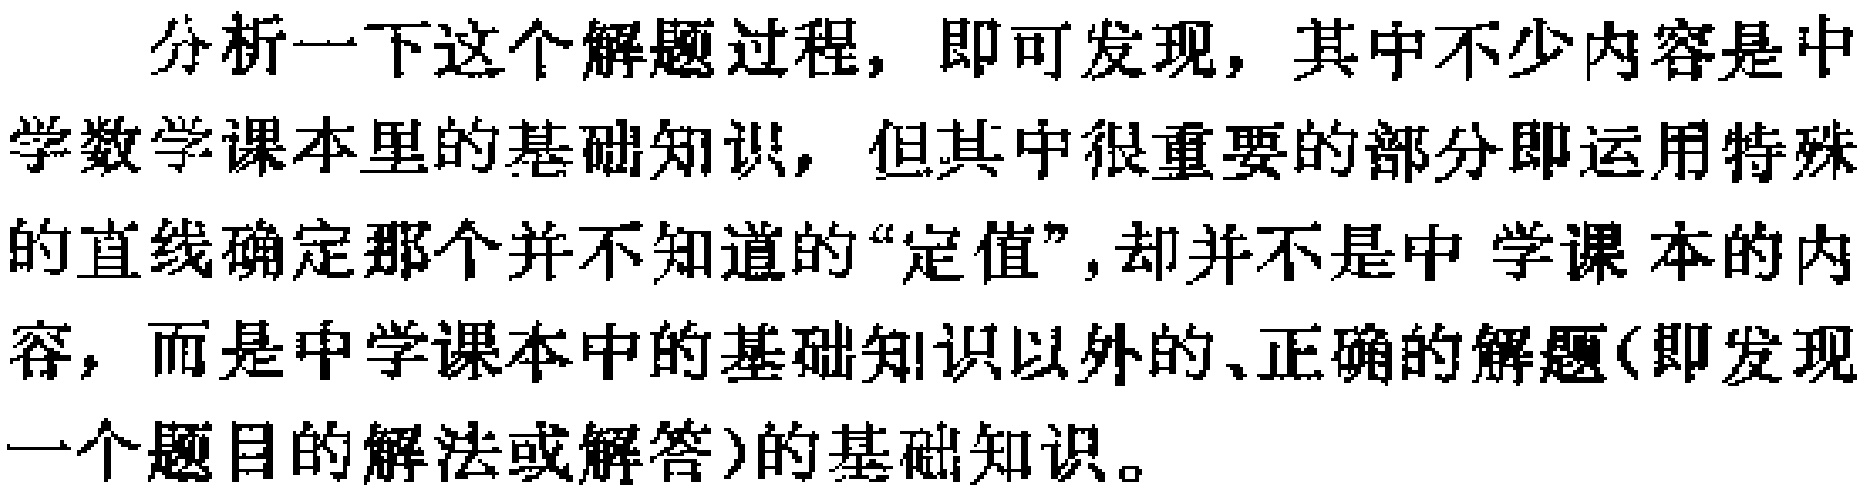
分析一下这个解题过程，即可发现，其中不少内容是中学数学课本里的基础知识，但其中很重要的部分即运用特殊的直线确定那个并不知道的“定值”,却并不是中学课本的内容，而是中学课本中的基础知识以外的、正确的解题(即发现一个题目的解法或解答)的基础知识。